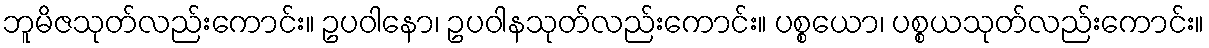
ဘူမိဇသုတ်လည်းကောင်း။ ဥပဝါနော၊ ဥပဝါနသုတ်လည်းကောင်း။ ပစ္စယော၊ ပစ္စယသုတ်လည်းကောင်း။